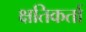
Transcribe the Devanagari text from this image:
क्षतिकर्ता